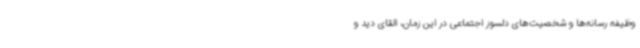
وظیفه رسانه‌ها و شخصیت‌های دلسوز اجتماعی در این زمان، القای دید و